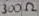
Text: 300Ω